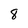
Character: 8